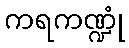
ကရကဏ္ဍုံ